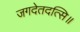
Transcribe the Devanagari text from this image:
जगदेतदत्सि॥